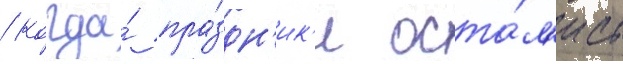
/ когда́ пра́здн'ик'и оста́л'ись